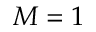
M = 1